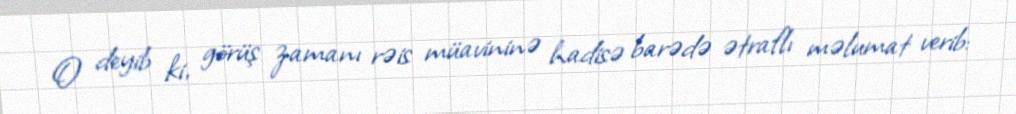
O deyib ki, görüş zamanı rəis müavininə hadisə barədə ətraflı məlumat verib: